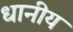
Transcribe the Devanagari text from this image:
धानीय